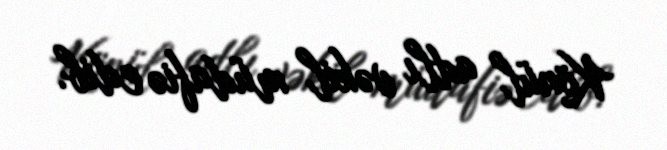
Könül adlı vəkil müdafiə edib.